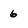
Character: 6